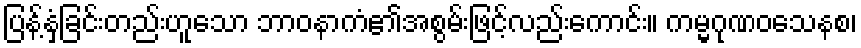
ပြန့်နှံ့ခြင်းတည်းဟူသော ဘာဝနာကံ၏အစွမ်းဖြင့်လည်းကောင်း။ ကမ္မဂုဏဝသေနစ၊